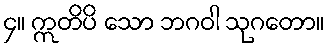
၄။ ဣတိပိ သော ဘဂဝါ သုဂတော။